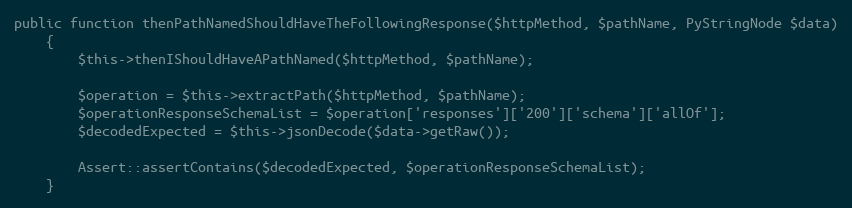
Language: PHP
public function thenPathNamedShouldHaveTheFollowingResponse($httpMethod, $pathName, PyStringNode $data)
    {
        $this->thenIShouldHaveAPathNamed($httpMethod, $pathName);

        $operation = $this->extractPath($httpMethod, $pathName);
        $operationResponseSchemaList = $operation['responses']['200']['schema']['allOf'];
        $decodedExpected = $this->jsonDecode($data->getRaw());

        Assert::assertContains($decodedExpected, $operationResponseSchemaList);
    }